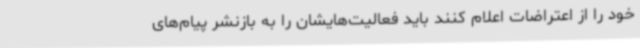
خود را از اعتراضات اعلام کنند باید فعالیت‌هایشان را به بازنشر پیام‌های